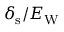
\delta _ { \mathrm { s } } / E _ { \mathrm { W } }